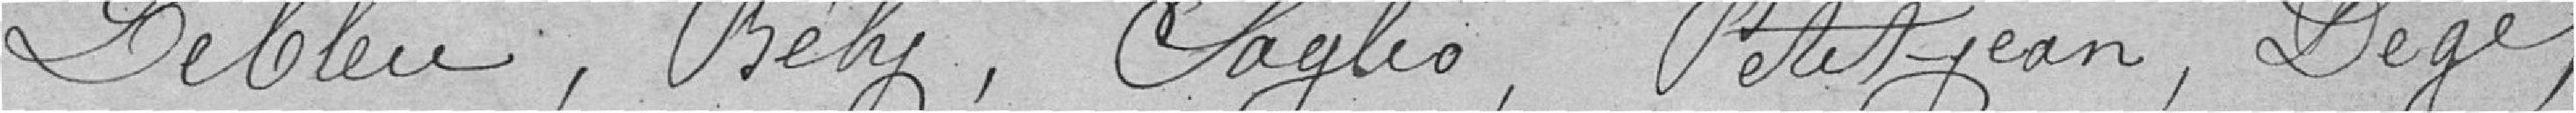
Lebleu, Bély , Saglio , Petitjean, Degé ,